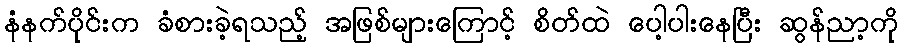
နံနက်ပိုင်းက ခံစားခဲ့ရသည့် အဖြစ်များကြောင့် စိတ်ထဲ ပေါ့ပါးနေပြီး ဆွန်ညာ့ကို